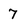
Character: 7